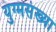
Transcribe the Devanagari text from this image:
युग्मसंख्या